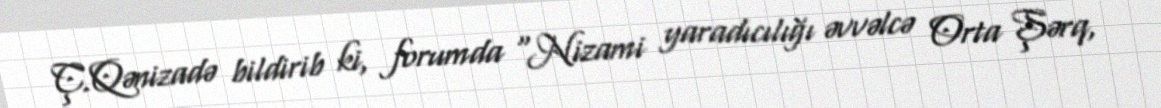
Ç.Qənizadə bildirib ki, forumda “Nizami yaradıcılığı əvvəlcə Orta Şərq,